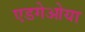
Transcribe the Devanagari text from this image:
एडगेओया